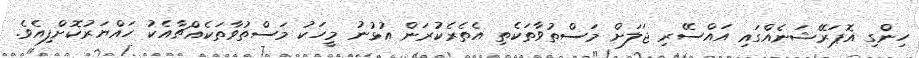
ހިންގި އޮޕަރޭޝަނެއްގައި އައްސޭރި ޖަލަށް މަސްތުވާތަކެތި އެތެރެކުރަން އުޅުނު މީހަކު މަސްތުވާތަކެއްޗާއެކު ހައްޔަރުކޮށްފިއެވެ.